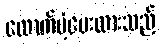
ထောက်ပံ့ပေးထားသည်